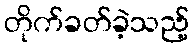
တိုက်ခတ်ခဲ့သည့်